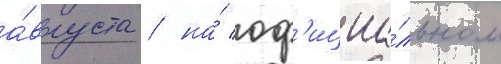
а́вгуста / на́ оф'ициа́льном